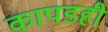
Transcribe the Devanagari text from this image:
कापडही